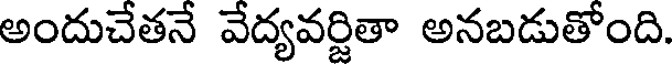
అందుచేతనే వేద్యవర్జితా అనబడుతోంది.